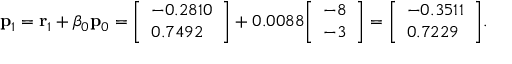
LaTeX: \mathbf { p } _ { 1 } = \mathbf { r } _ { 1 } + \beta _ { 0 } \mathbf { p } _ { 0 } = { \left[ \begin{array} { l } { - 0 . 2 8 1 0 } \\ { 0 . 7 4 9 2 } \end{array} \right] } + 0 . 0 0 8 8 { \left[ \begin{array} { l } { - 8 } \\ { - 3 } \end{array} \right] } = { \left[ \begin{array} { l } { - 0 . 3 5 1 1 } \\ { 0 . 7 2 2 9 } \end{array} \right] } .